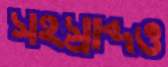
সহস্রাব্দও